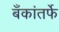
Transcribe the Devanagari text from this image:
बँकांतर्फे